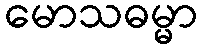
မောသဓမ္မာ